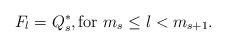
LaTeX: \begin{align*}F_{l}=Q_{s}^{*},\mbox{for }m_{s}\leq l<m_{s+1}. \end{align*}